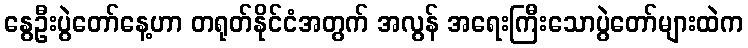
နွေဦးပွဲတော်နေ့ဟာ တရုတ်နိုင်ငံအတွက် အလွန် အရေးကြီးသောပွဲတော်များထဲက